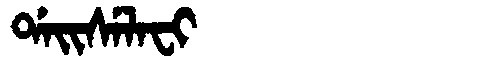
Manchu: ᡩᠠᡳᠰᡝᠯᠠᠸᡳ
Romanization: DAISELAFI